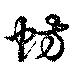
蚄